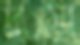
দুমা